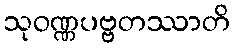
သုဝဏ္ဏပဗ္ဗတဿာတိ